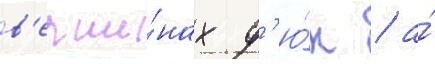
в'ерши́нах д'ю́н / а́